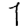
Digit: 7